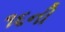
૧૬ની